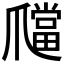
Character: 𤔶